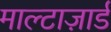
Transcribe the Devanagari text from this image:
माल्टाज़ार्ड